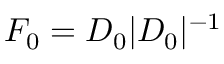
F _ { 0 } = D _ { 0 } | D _ { 0 } | ^ { - 1 }